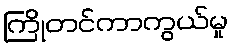
ကြိုတင်ကာကွယ်မှု